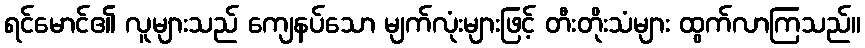
ရင်မောင်၏ လူများသည် ကျေနပ်သော မျက်လုံးများဖြင့် တီးတိုးသံများ ထွက်လာကြသည်။